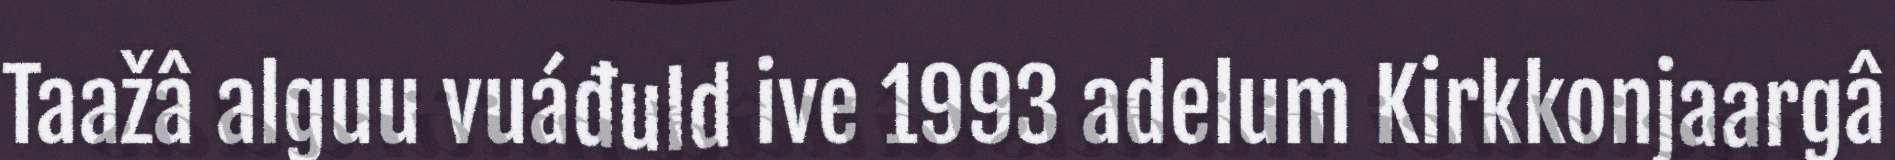
Taažâ alguu vuáđuld ive 1993 adelum Kirkkonjaargâ